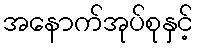
အနောက်အုပ်စုနှင့်